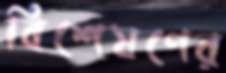
বিশেষণের